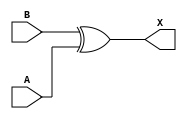
module sky130_fd_sc_ls__xor2_6 (
    X,
    A,
    B
);
    output X;
    input  A;
    input  B;
    wire xor0_out_X;
    xor xor0 (xor0_out_X, B, A           );
    buf buf0 (X         , xor0_out_X     );
endmodule